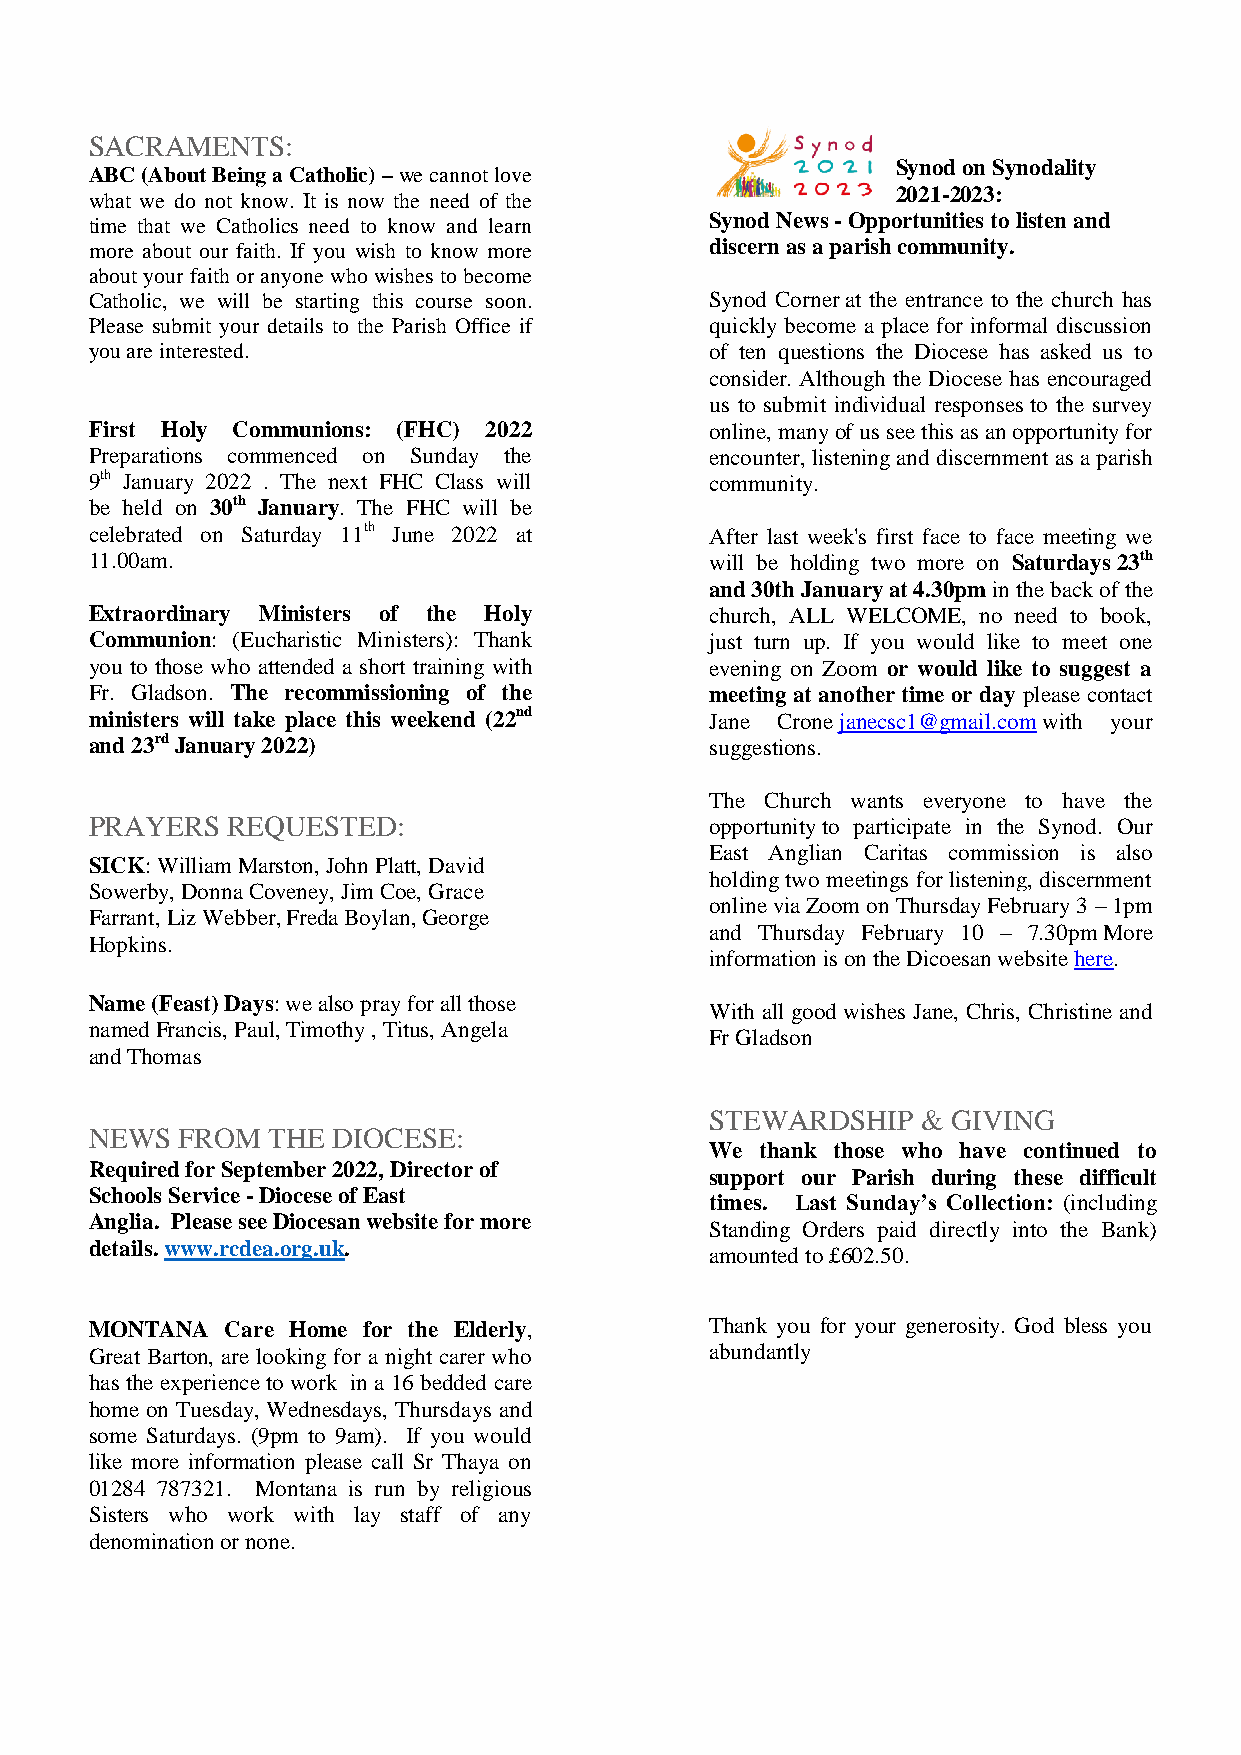
SACRAMENTS:
 Synod on Synodality
 ABC (About Being a Catholic) – we cannot love
 2021-2023:
 what we do not know. It is now the need of the
 time that we Catholics need to know and learn Synod News - Opportunities to listen and
 more about our faith. If you wish to know more discern as a parish community.
 about your faith or anyone who wishes to become
 Catholic, we will be starting this course soon. Synod Corner at the entrance to the church has
 Please submit your details to the Parish Office if quickly become a place for informal discussion
 you are interested.                      of ten questions the Diocese has asked us to
 consider. Although the Diocese has encouraged
 us to submit individual responses to the survey
 First Holy Communions: (FHC) 2022        online, many of us see this as an opportunity for
 Preparations commenced on Sunday the     encounter, listening and discernment as a parish
 9th January 2022 . The next FHC Class will community.
 be held on 30th January. The FHC will be
 celebrated on Saturday 11th June 2022 at After last week's first face to face meeting we
 11.00am.                                 will be holding two more on Saturdays 23th
 and 30th January at 4.30pm in the back of the
 Extraordinary Ministers of the Holy      church, ALL WELCOME, no need to book,
 Communion: (Eucharistic Ministers): Thank just turn up. If you would like to meet one
 you to those who attended a short training with evening on Zoom or would like to suggest a
 Fr. Gladson. The recommissioning of the  meeting at another time or day please contact
 ministers will take place this weekend (22nd Jane Crone janecsc1@gmail.com with your
 and 23rd January 2022)                   suggestions.
 The Church wants everyone to have the
 PRAYERS  REQUESTED:                      opportunity to participate in the Synod. Our
 East Anglian Caritas commission is also
 SICK: William Marston, John Platt, David
 holding two meetings for listening, discernment
 Sowerby, Donna Coveney, Jim Coe, Grace
 online via Zoom on Thursday February 3 – 1pm
 Farrant, Liz Webber, Freda Boylan, George
 and Thursday February 10 – 7.30pm More
 Hopkins.
 information is on the Dicoesan website here.
 Name (Feast) Days: we also pray for all those
 With all good wishes Jane, Chris, Christine and
 named Francis, Paul, Timothy , Titus, Angela
 Fr Gladson
 and Thomas
 STEWARDSHIP   & GIVING
 NEWS  FROM  THE DIOCESE:
 We thank those who have continued to
 Required for September 2022, Director of
 support our Parish during these difficult
 Schools Service - Diocese of East
 times. Last Sunday’s Collection: (including
 Anglia. Please see Diocesan website for more
 Standing Orders paid directly into the Bank)
 details. www.rcdea.org.uk.
 amounted to £602.50.
 MONTANA  Care Home for the Elderly,      Thank you for your generosity. God bless you
 Great Barton, are looking for a night carer who abundantly
 has the experience to work in a 16 bedded care
 home on Tuesday, Wednesdays, Thursdays and
 some Saturdays. (9pm to 9am). If you would
 like more information please call Sr Thaya on
 01284 787321. Montana is run by religious
 Sisters who work with lay staff of any
 denomination or none.